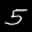
Label: 5